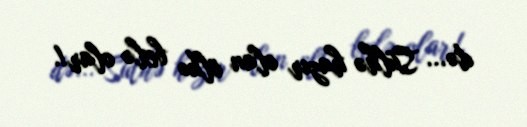
də... Sülhə hazır olan ölkə belə olar!.